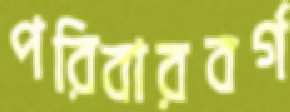
পরিবারবর্গ